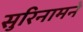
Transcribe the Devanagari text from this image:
सुरिनामने